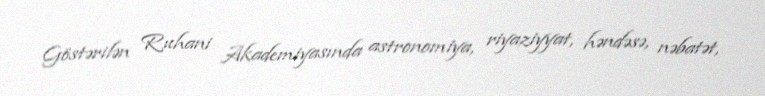
Göstərilən Ruhani Akademiyasında astronomiya, riyaziyyat, həndəsə, nəbatət,